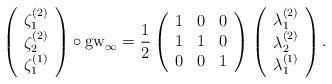
LaTeX: \begin{align*} \left(\begin{array}{c} \zeta_1^{(2)} \\\zeta_2^{(2)} \\ \zeta_1^{(1)} \end{array}\right) \circ {\rm gw}_{\infty} = \frac{1}{2}\left(\begin{array}{ccc} 1 & 0 & 0 \\ 1 & 1 & 0 \\ 0 & 0 & 1 \\ \end{array}\right)\left(\begin{array}{c} \lambda_1^{(2)} \\ \lambda_2^{(2)} \\ \lambda_1^{(1)} \end{array}\right).\end{align*}